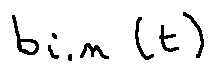
b _ { i , n } ( t )